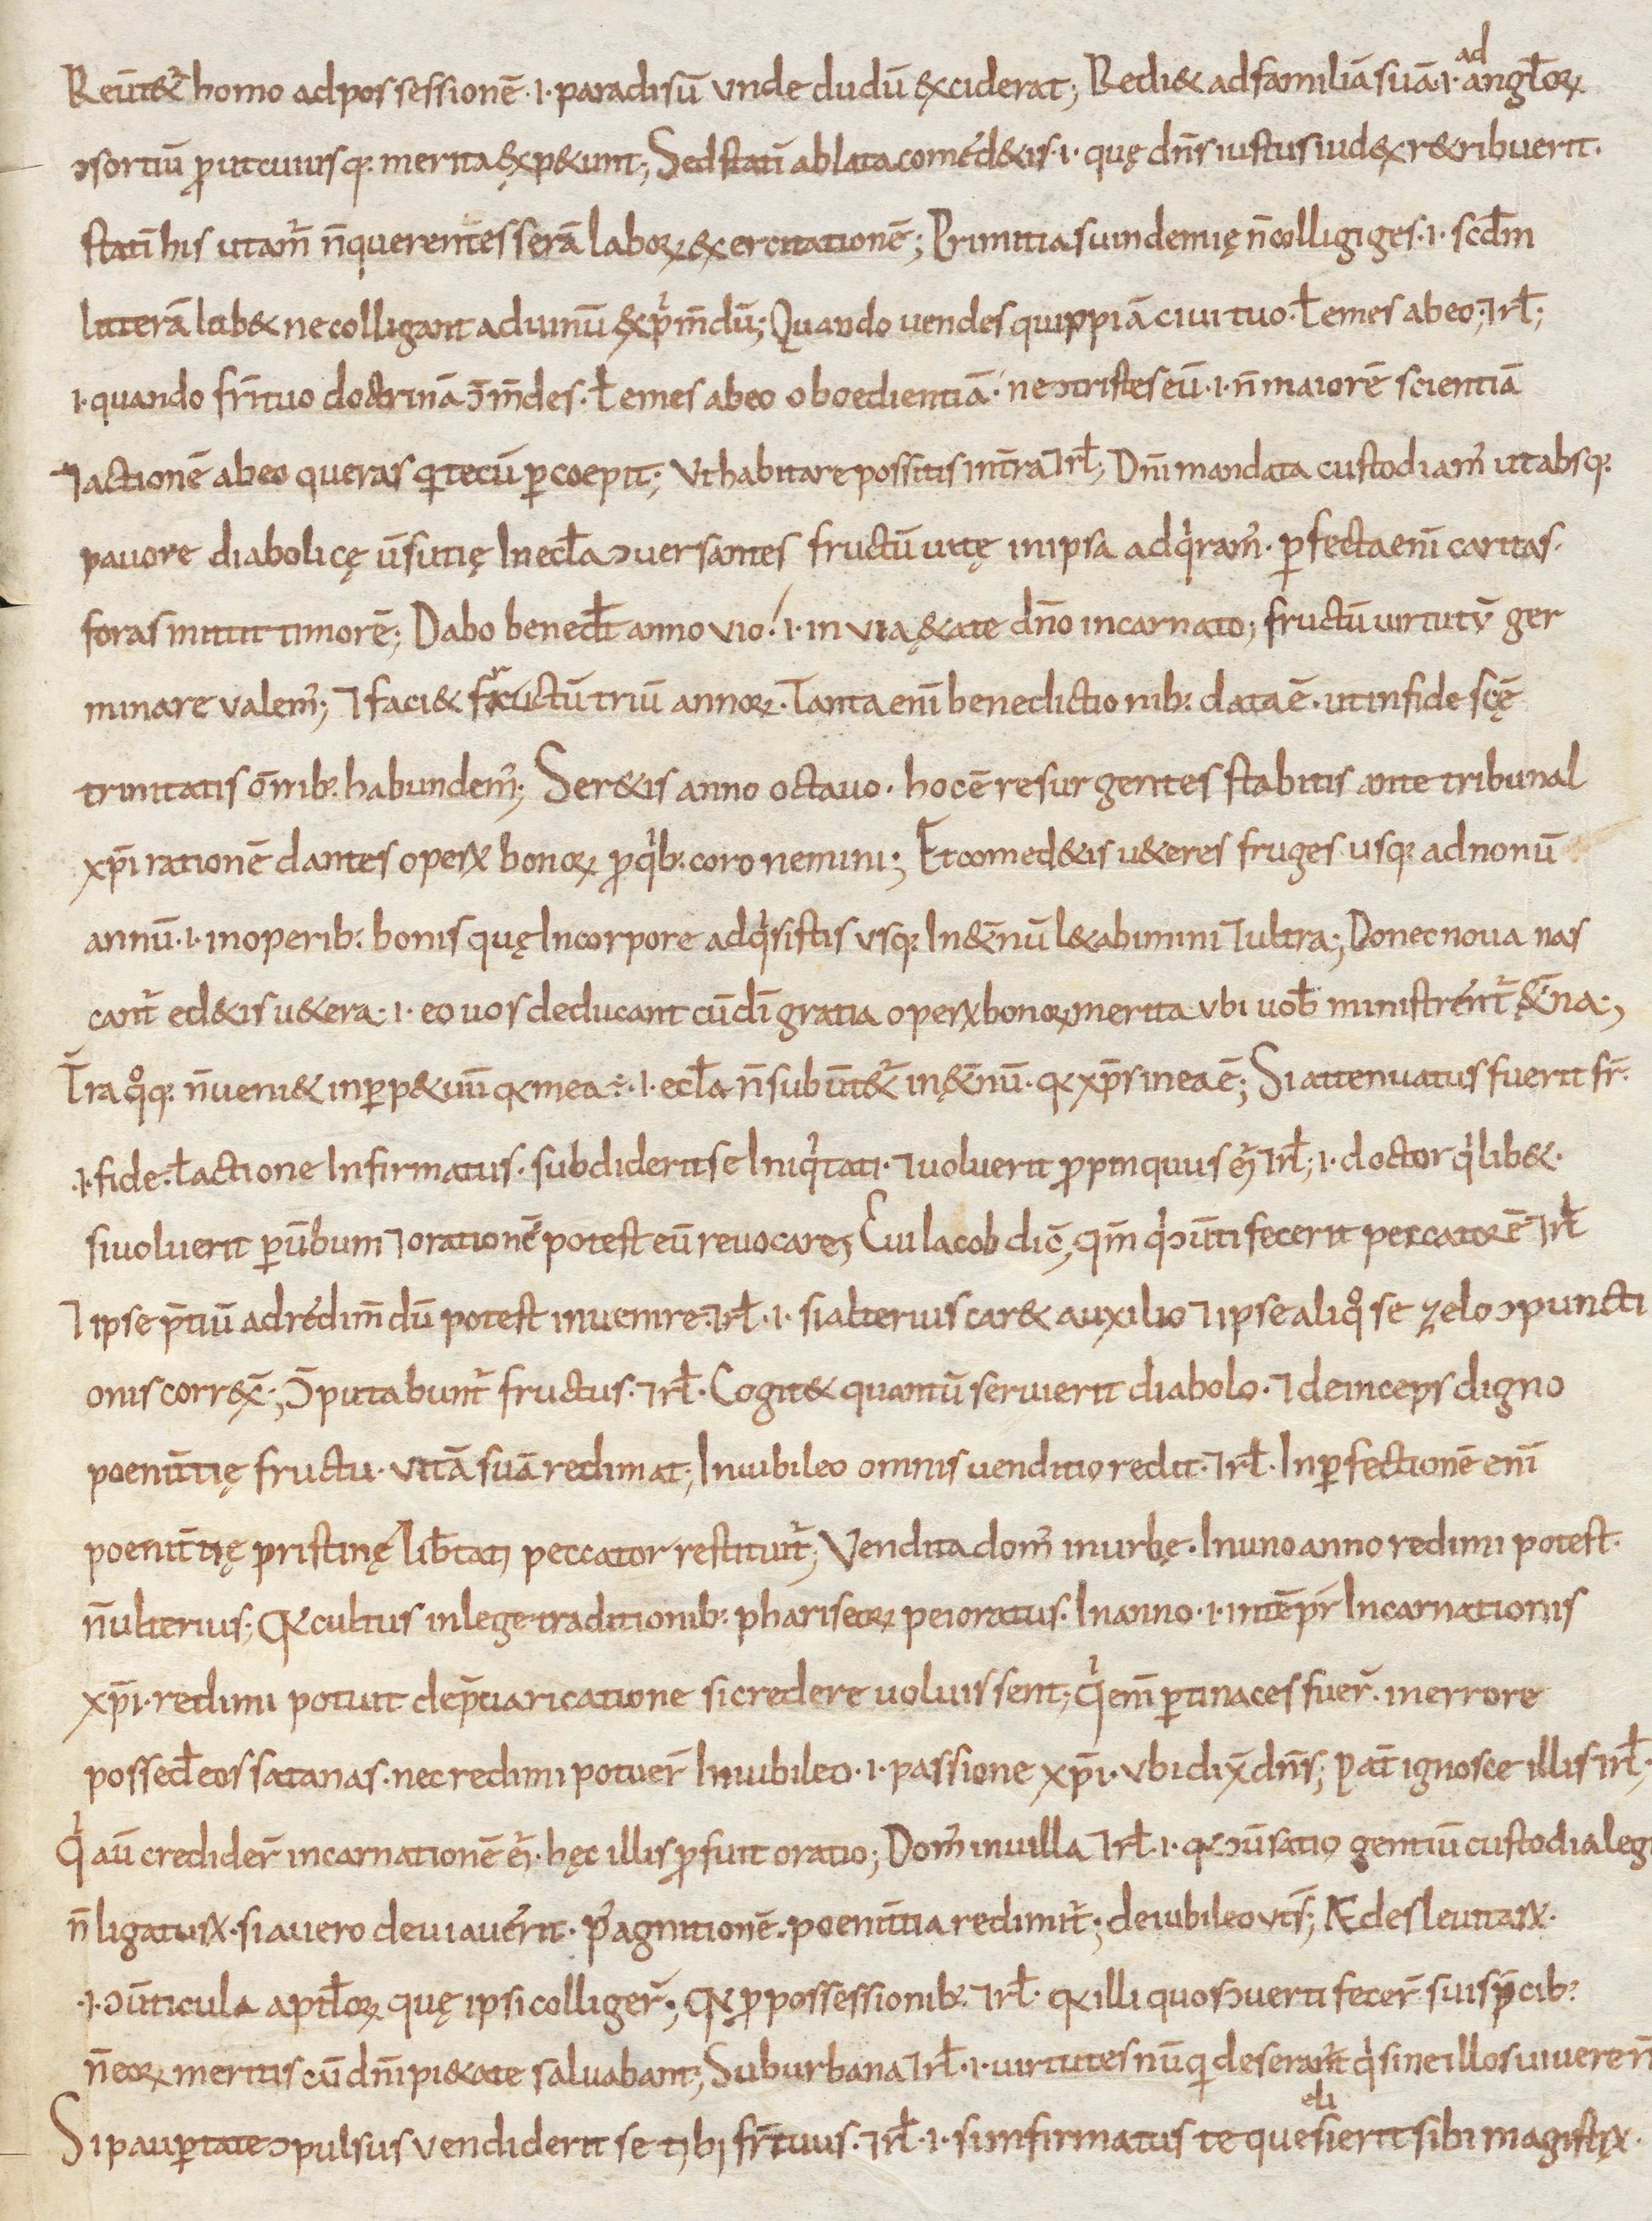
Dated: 800–899